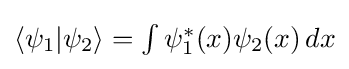
{\textstyle \langle \psi _{1}|\psi _{2}\rangle =\int \psi _{1}^{\ast }(x)\psi _{2}(x)\,dx}